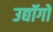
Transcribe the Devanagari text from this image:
उद्यॉगों